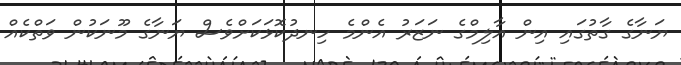
ޔަނާގެ ގާތުގައި އިން އާލިމްގެ ނަޒަރު އެންމެ ހިނދުކޮޅަކަށްވެސް ޔަނާގެ މޫނަކުން ވަތްކެއް